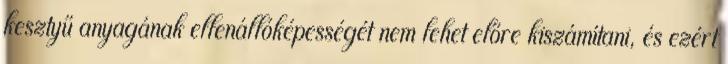
kesztyű anyagának ellenállóképességét nem lehet előre kiszámítani, és ezért